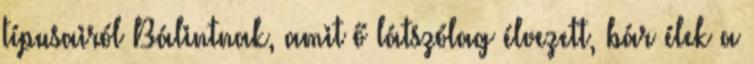
típusairól Bálintnak, amit ő látszólag élvezett, bár élek a